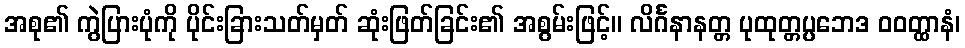
အစု၏ ကွဲပြားပုံကို ပိုင်းခြားသတ်မှတ် ဆုံးဖြတ်ခြင်း၏ အစွမ်းဖြင့်။ လိင်္ဂနာနတ္တ ပုထုတ္တပ္ပဘေဒ ဝဝတ္ထာနံ၊